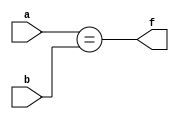
//Comparador de magnitude 16-bits.
module comparador_16b (a, b, f);
input [15:0] a, b;
output f;

assign f = (a == b);
endmodule